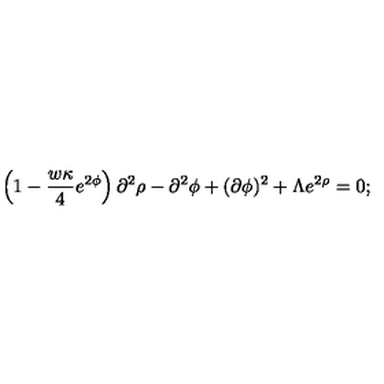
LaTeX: \left( 1 - \frac { w \kappa } { 4 } e ^ { 2 \phi } \right) \partial ^ { 2 } \rho - \partial ^ { 2 } \phi + ( \partial \phi ) ^ { 2 } + \Lambda e ^ { 2 \rho } = 0 ;